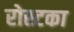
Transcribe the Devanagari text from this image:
रोस्टका